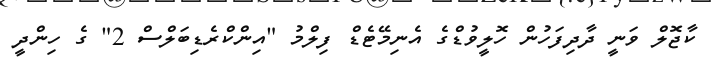
ކާޖޮލް ވަނީ ދާދިފަހުން ހޮލީވުޑްގެ އެނިމޭޓެޑް ފިލްމު "އިންކްރެޑިބަލްސް 2" ގެ ހިންދީ